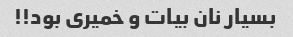
بسیار نان بیات ‌و خمیری بود!!